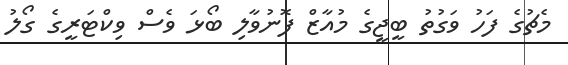
މެޗުގެ ފަހު ވަގުތު ބީޖީގެ މުއާޒް ފޮނުވާލި ބޯޅަ ވެސް ވިކްޓަރީގެ ގޯލު